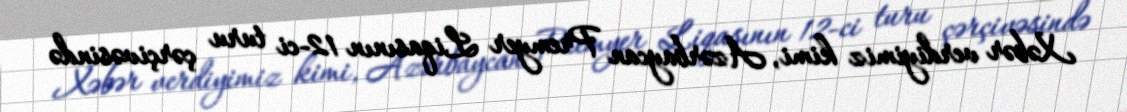
Xəbər verdiyimiz kimi, Azərbaycan Premyer Liqasının 12-ci turu çərçivəsində